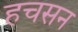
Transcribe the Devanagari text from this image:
हचसन